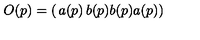
O ( p ) = \left( \begin{matrix} { a ( p ) } & { b ( p ) } \\ { b ( p ) } & { a ( p ) } \\ \end{matrix} \right)